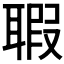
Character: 𦖲